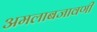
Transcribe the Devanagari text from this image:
अमलाबजावणी